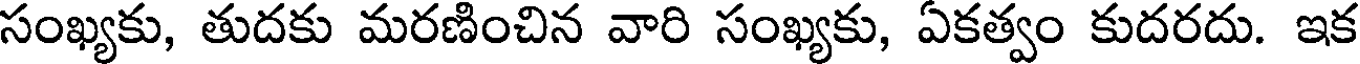
సంఖ్యకు, తుదకు మరణించిన వారి సంఖ్యకు, ఏకత్వం కుదరదు. ఇక